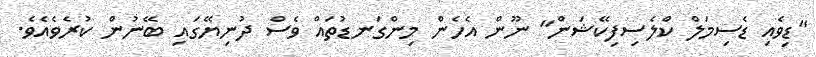
"ޑިވެއި ޑެސިމަލް ކްލެސިފިކޭޝަން" ނޫން އެހެން މިންގަނޑުތައް ވެސް ދުނިޔޭގައި ބޭނުން ކުރެވެއެވެ.